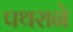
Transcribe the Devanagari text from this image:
पथराने